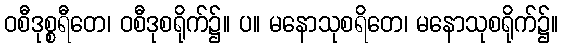
ဝစီဒုစ္စရီတေ၊ ဝစီဒုစရိုက်၌။ ပ။ မနောသုစရိတေ၊ မနောသုစရိုက်၌။